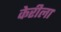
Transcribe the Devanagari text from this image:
केरीला